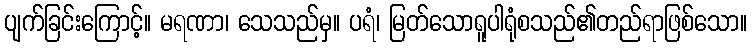
ပျက်ခြင်းကြောင့်။ မရဏာ၊ သေသည်မှ။ ပရံ၊ မြတ်သောရူပါရုံစသည်၏တည်ရာဖြစ်သော။